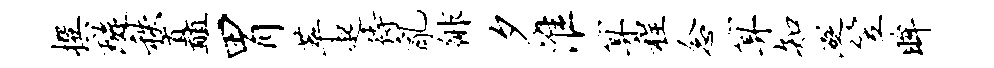
撰璇秩矗胃萃起待乱徘夕淮算程念算知砭笠眸